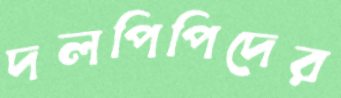
দলপিপিদের